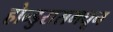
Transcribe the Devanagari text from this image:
होन्डुरासमधून